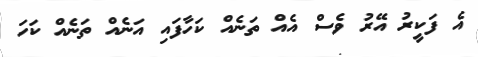
އެ ފަކީރު އޭރު ވެސް އެއް ތަނެއް ކަހާފައި އަނެއް ތަނެއް ކަހަ